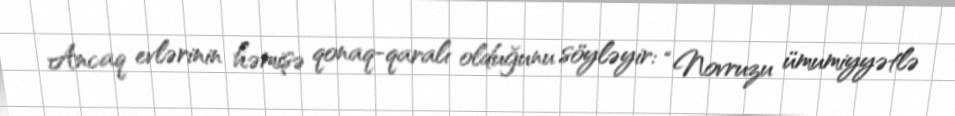
Ancaq evlərinin həmişə qonaq-qaralı olduğunu söyləyir: “Novruzu ümumiyyətlə